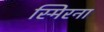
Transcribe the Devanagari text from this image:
स्मिरना